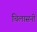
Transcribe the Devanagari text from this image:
चिलासनी